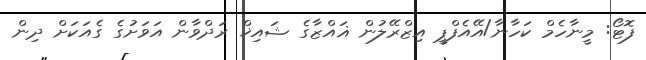
ފޮޓޯ: މީނާހެމް ކަހާނާ/އޭއެފްޕީ އިޒްރޭލުން ޣައްޒާގެ ޝައިޚް ރަދްވާން އަވަށުގެ ގެއަކަށް ދިން